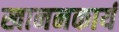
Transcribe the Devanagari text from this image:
खाननकार्य